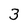
Character: 3